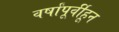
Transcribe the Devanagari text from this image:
वर्षांपूर्वीहून